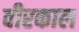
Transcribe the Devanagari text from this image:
वीरकाल